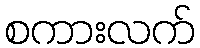
စကားလက်